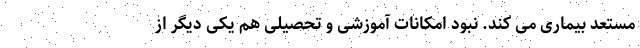
مستعد بیماری می کند. نبود امکانات آموزشی و تحصیلی هم یکی دیگر از